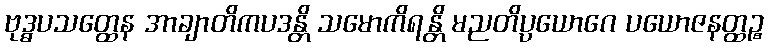
ဗုဒ္ဓပသတ္ထေန အာချာတိကပဒန္တိ သမောကိရန္တိ မညတိပ္ပယောဂေ ပယောဇနတ္ထဉ္စ